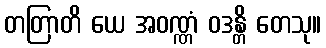
တတြာတိ ယေ အဝဏ္ဏံ ဝဒန္တိ တေသု။